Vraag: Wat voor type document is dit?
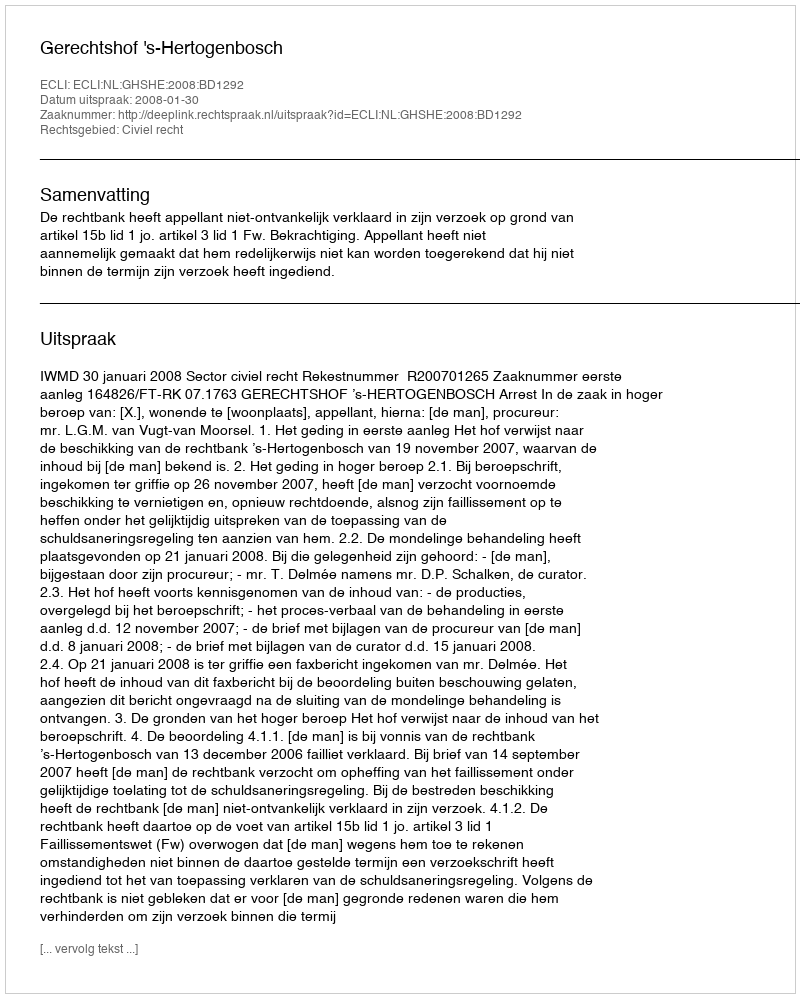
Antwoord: Uitspraak